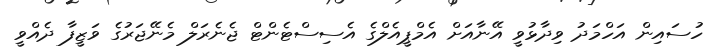
ހުސައިން އަހްމަދު ވިދާޅުވީ އޭނާއަށް އެމްޕީއެލްގެ އެސިސްޓެންޓް ޖެނެރަލް މެނޭޖަރުގެ ވަޒީފާ ދެއްވީ